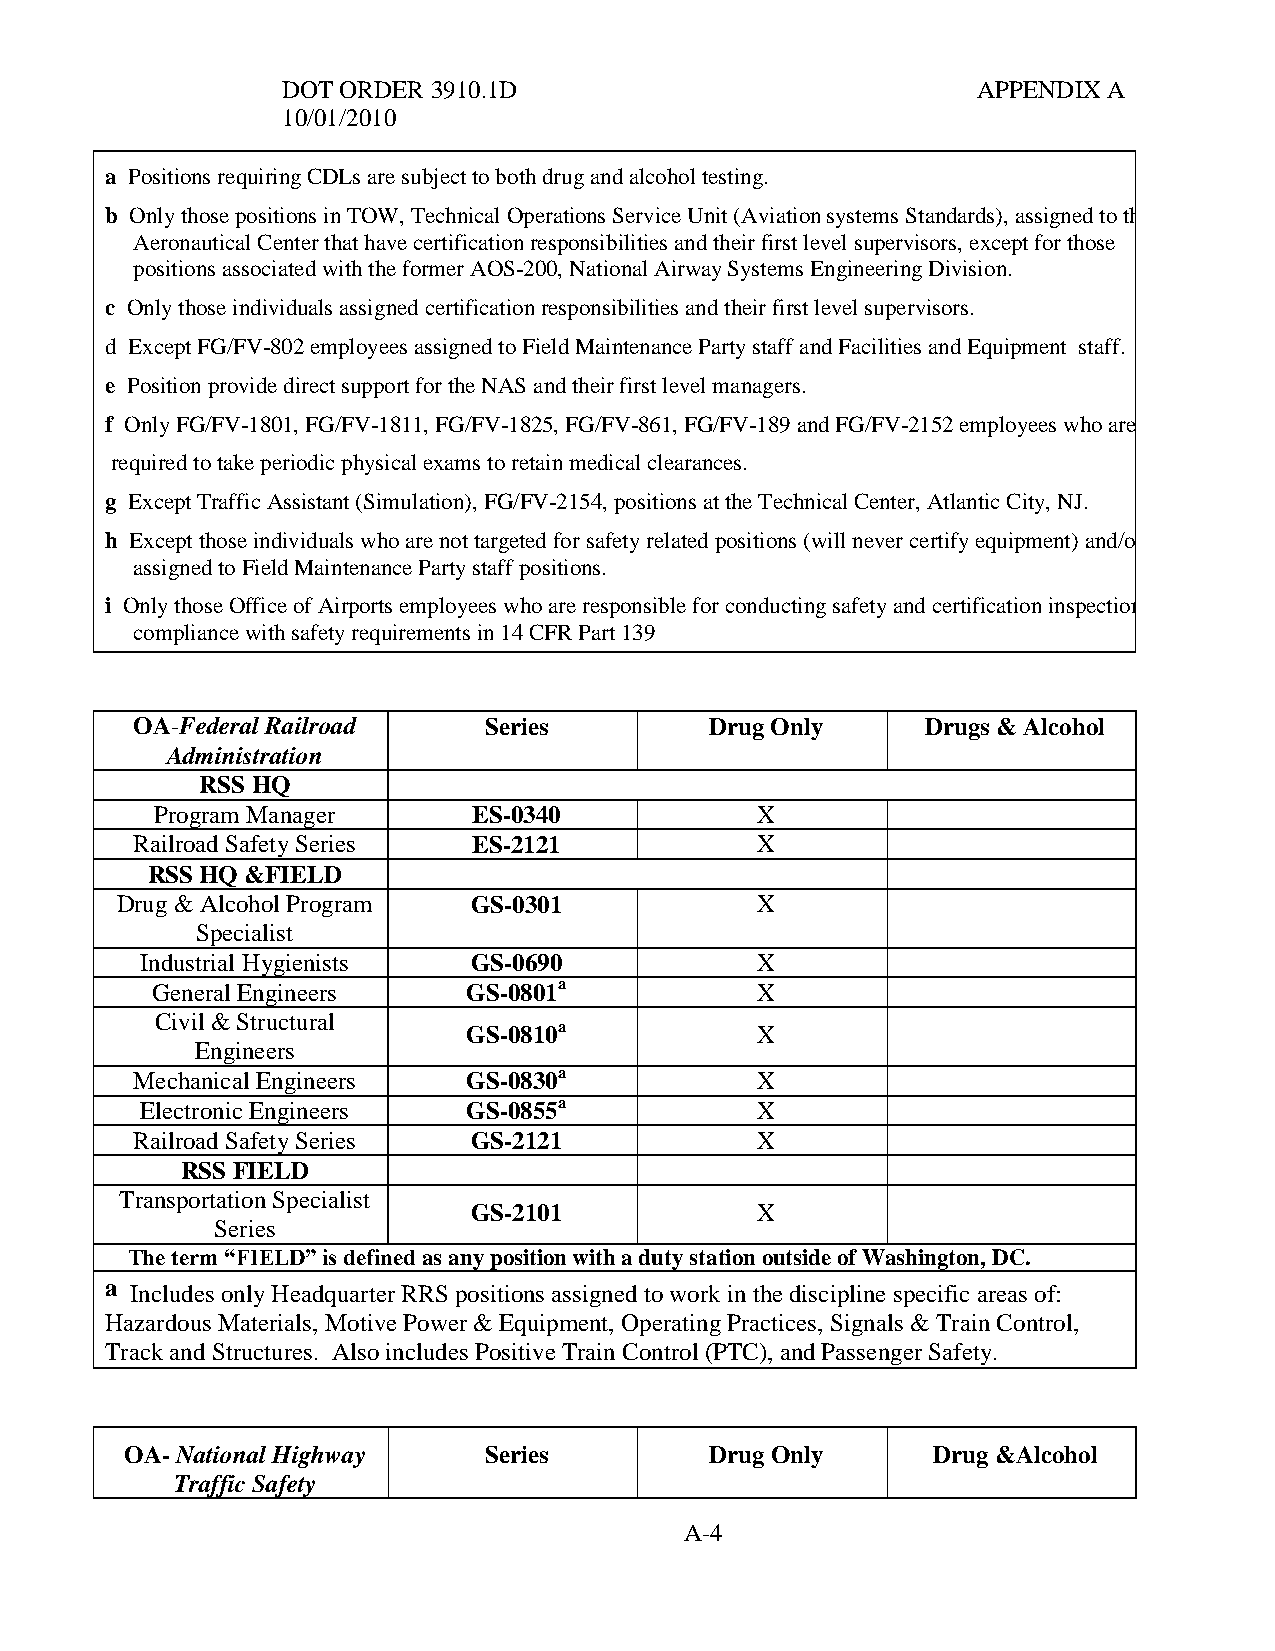
DOT ORDER 3910.1D                             APPENDIX A
 10/01/2010
 a Positions requiring CDLs are subject to both drug and alcohol testing.
 b Only those positions in TOW, Technical Operations Service Unit (Aviation systems Standards), assigned to the
 Aeronautical Center that have certification responsibilities and their first level supervisors, except for those
 positions associated with the former AOS-200, National Airway Systems Engineering Division.
 c Only those individuals assigned certification responsibilities and their first level supervisors.
 d Except FG/FV-802 employees assigned to Field Maintenance Party staff and Facilities and Equipment staff.
 e Position provide direct support for the NAS and their first level managers.
 f Only FG/FV-1801, FG/FV-1811, FG/FV-1825, FG/FV-861, FG/FV-189 and FG/FV-2152 employees who are
 required to take periodic physical exams to retain medical clearances.
 g Except Traffic Assistant (Simulation), FG/FV-2154, positions at the Technical Center, Atlantic City, NJ.
 h Except those individuals who are not targeted for safety related positions (will never certify equipment) and/or are
 assigned to Field Maintenance Party staff positions.
 i Only those Office of Airports employees who are responsible for conducting safety and certification inspections in
 compliance with safety requirements in 14 CFR Part 139
 OA-Federal Railroad    Series         Drug Only     Drugs & Alcohol
 Administration
 RSS HQ
 Program Manager      ES-0340            X
 Railroad Safety Series ES-2121           X
 RSS HQ &FIELD
 Drug & Alcohol Program GS-0301            X
 Specialist
 Industrial Hygienists GS-0690            X
 General Engineers    GS-0801a           X
 Civil & Structural
 GS-0810a           X
 Engineers
 Mechanical Engineers  GS-0830a           X
 Electronic Engineers  GS-0855a           X
 Railroad Safety Series GS-2121           X
 RSS FIELD
 Transportation Specialist
 GS-2101            X
 Series
 The term “FIELD” is defined as any position with a duty station outside of Washington, DC.
 a Includes only Headquarter RRS positions assigned to work in the discipline specific areas of:
 Hazardous Materials, Motive Power & Equipment, Operating Practices, Signals & Train Control,
 Track and Structures. Also includes Positive Train Control (PTC), and Passenger Safety.
 OA- National Highway    Series         Drug Only      Drug &Alcohol
 Traffic Safety
 A-4